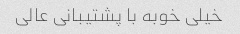
خیلی خوبه با پشتیبانی عالی